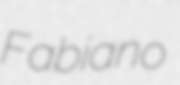
Fabiano